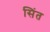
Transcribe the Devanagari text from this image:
सिंत